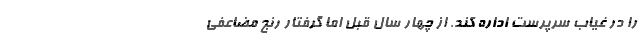
را در غیاب سرپرست اداره کند. از چهار سال قبل اما گرفتار رنج مضاعفی